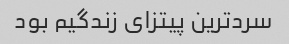
سردترین پیتزای زندگیم بود